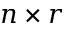
n \times r